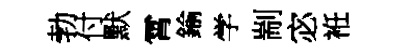
勃付默霄鍮学剬宓袵